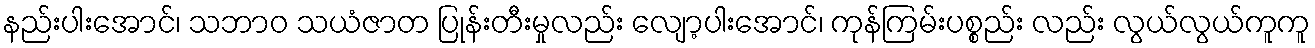
နည်းပါးအောင်၊ သဘာဝ သယံဇာတ ပြုန်းတီးမှုလည်း လျော့ပါးအောင်၊ ကုန်ကြမ်းပစ္စည်း လည်း လွယ်လွယ်ကူကူ